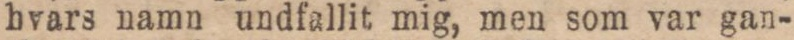
hvars namn undfallit mig, men som var gan-